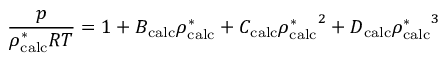
\frac { p } { \rho _ { \mathrm { c a l c } } ^ { * } R T } = 1 + B _ { \mathrm { c a l c } } \rho _ { \mathrm { c a l c } } ^ { * } + C _ { \mathrm { c a l c } } { \rho _ { \mathrm { c a l c } } ^ { * } } ^ { 2 } + D _ { \mathrm { c a l c } } { \rho _ { \mathrm { c a l c } } ^ { * } } ^ { 3 }